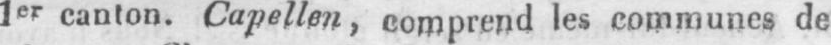
ler canton. Capellen, comprend les communes de